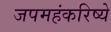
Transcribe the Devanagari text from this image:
जपमहंकरिष्ये